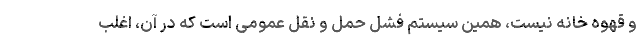
و قهوه خانه نیست، همین سیستم فشل حمل و نقل عمومی است که در آن، اغلب